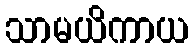
သာမယိကာယ